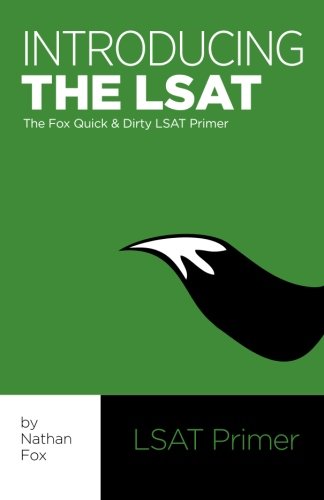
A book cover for Introducing the LSAT: The Fox Test Prep Quick & Dirty LSAT Primer; Nathan Fox; Test Preparation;